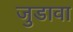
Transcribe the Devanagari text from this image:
जुडावा